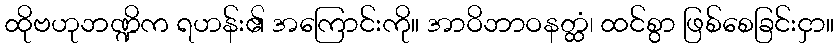
ထိုဗဟုဘဏ္ဍိက ရဟန်း၏ အကြောင်းကို။ အာဝိဘာဝနတ္ထံ၊ ထင်စွာ ဖြစ်စေခြင်းငှာ။